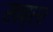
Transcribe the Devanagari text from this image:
खब्रर